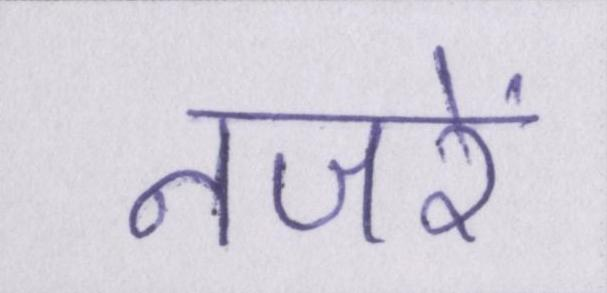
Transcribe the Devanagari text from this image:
नजरें